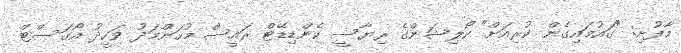
މާފުށި: "ގައުމައިގެން ކުރިއަށް" ކޯލިޝަންގެ ރިޔާސީ ކެންޑިޑޭޓް ރައީސް މުހަންމަަދު ވަހީދު އޯގަސްޓް